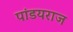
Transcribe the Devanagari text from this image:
पांडयराज